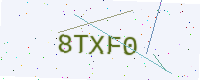
Text: 8TXF0